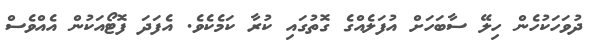
ދުވަހަކުހެން ހިލޭ ސާބަހަށް އުފަލެއްގެ ގޮތުގައި ކުރާ ކަމެކެވެ. އެފަދަ ފޮޓޯއަކުން އެއްވެސް